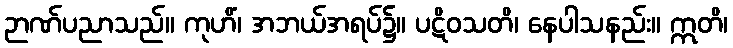
ဉာဏ်ပညာသည်။ ကုဟိံ၊ အဘယ်အရပ်၌။ ပဋိဝသတိ၊ နေပါသနည်း။ ဣတိ၊